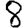
Digit: 8